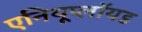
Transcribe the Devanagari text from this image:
एनियूप्लॉयड